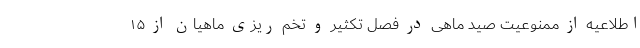
اطلاعیه از ممنوعیت صید ماهی در فصل تکثیر و تخم ریزی ماهیان از ۱۵